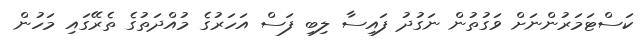
ކަސްޓަމަރުންނަށް ވަގުތުން ނަގުދު ފައިސާ ލިބި ފަސް އަހަރުގެ މުއްދަތުގެ ތެރޭގައި މަހުން